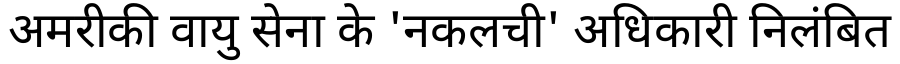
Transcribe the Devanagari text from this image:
अमरीकी वायु सेना के 'नकलची' अधिकारी निलंबित